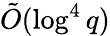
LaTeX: {\tilde{O}}(\log^{4}q)